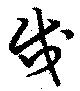
戌